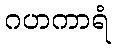
ဂဟကာရံ